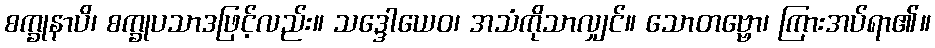
စက္ခုနာပိ၊ စက္ခုပသာဒဖြင့်လည်း။ သဒ္ဒေါယေဝ၊ အသံကိုသာလျှင်။ သောတဗ္ဗော၊ ကြားအပ်ရာ၏။